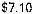
$7.10